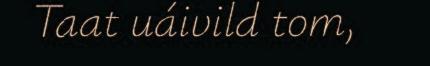
Taat uáivild tom,